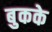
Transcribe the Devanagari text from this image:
बुकके